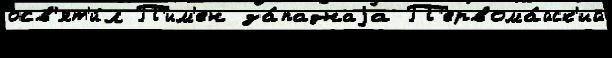
осв'ят'и́л П'им'ен за́паднаjа П'ервома́йск'ий